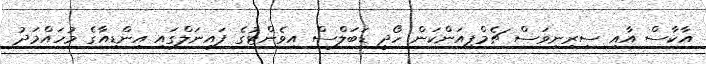
އާކާސް އާއި ސިރިނިވަސް ޗެމްޕިއަންކަން ހޯދީ ޑަބަލްސް އިވެންޓުގެ ފައިނަލްގައި އިންޑިއާގެ މުހައްމަދު